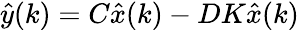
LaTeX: {\hat{y}}(k)=C{\hat{x}}(k)-DK{\hat{x}}(k)